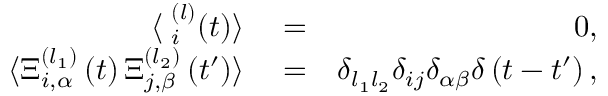
\begin{array} { r l r } { \langle { \bf \Xi } _ { i } ^ { ( l ) } ( t ) \rangle } & { { } = } & { 0 , } \\ { \langle { \Xi } _ { i , \alpha } ^ { ( l _ { 1 } ) } \left( t \right) { \Xi } _ { j , \beta } ^ { ( l _ { 2 } ) } \left( t ^ { \prime } \right) \rangle } & { { } = } & { \delta _ { l _ { 1 } l _ { 2 } } \delta _ { i j } \delta _ { \alpha \beta } \delta \left( t - t ^ { \prime } \right) , } \end{array}